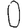
Digit: 0